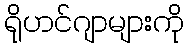
ရိုဟင်ဂျာများကို